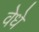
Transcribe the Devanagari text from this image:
वेधे